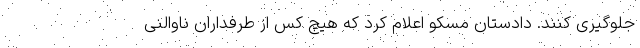
جلوگیری کنند. دادستان مسکو اعلام کرد که هیچ کس از طرفداران ناوالنی